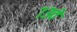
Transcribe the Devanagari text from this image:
७३वे